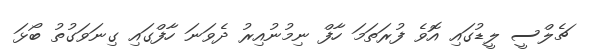
ޗެލްސީ ލީޑުގައި އޮވެ ފުރަތަމަ ހާފް ނިމުނުއިރު ދެވަނަ ހާފްގައި ގިނަވަގުތު ބޯޅަ